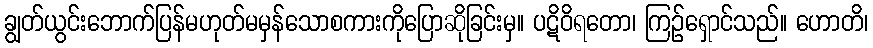
ချွတ်ယွင်းဘောက်ပြန်မဟုတ်မမှန်သောစကားကိုပြောဆိုခြင်းမှ။ ပဋိဝိရတော၊ ကြဉ်ရှောင်သည်။ ဟောတိ၊